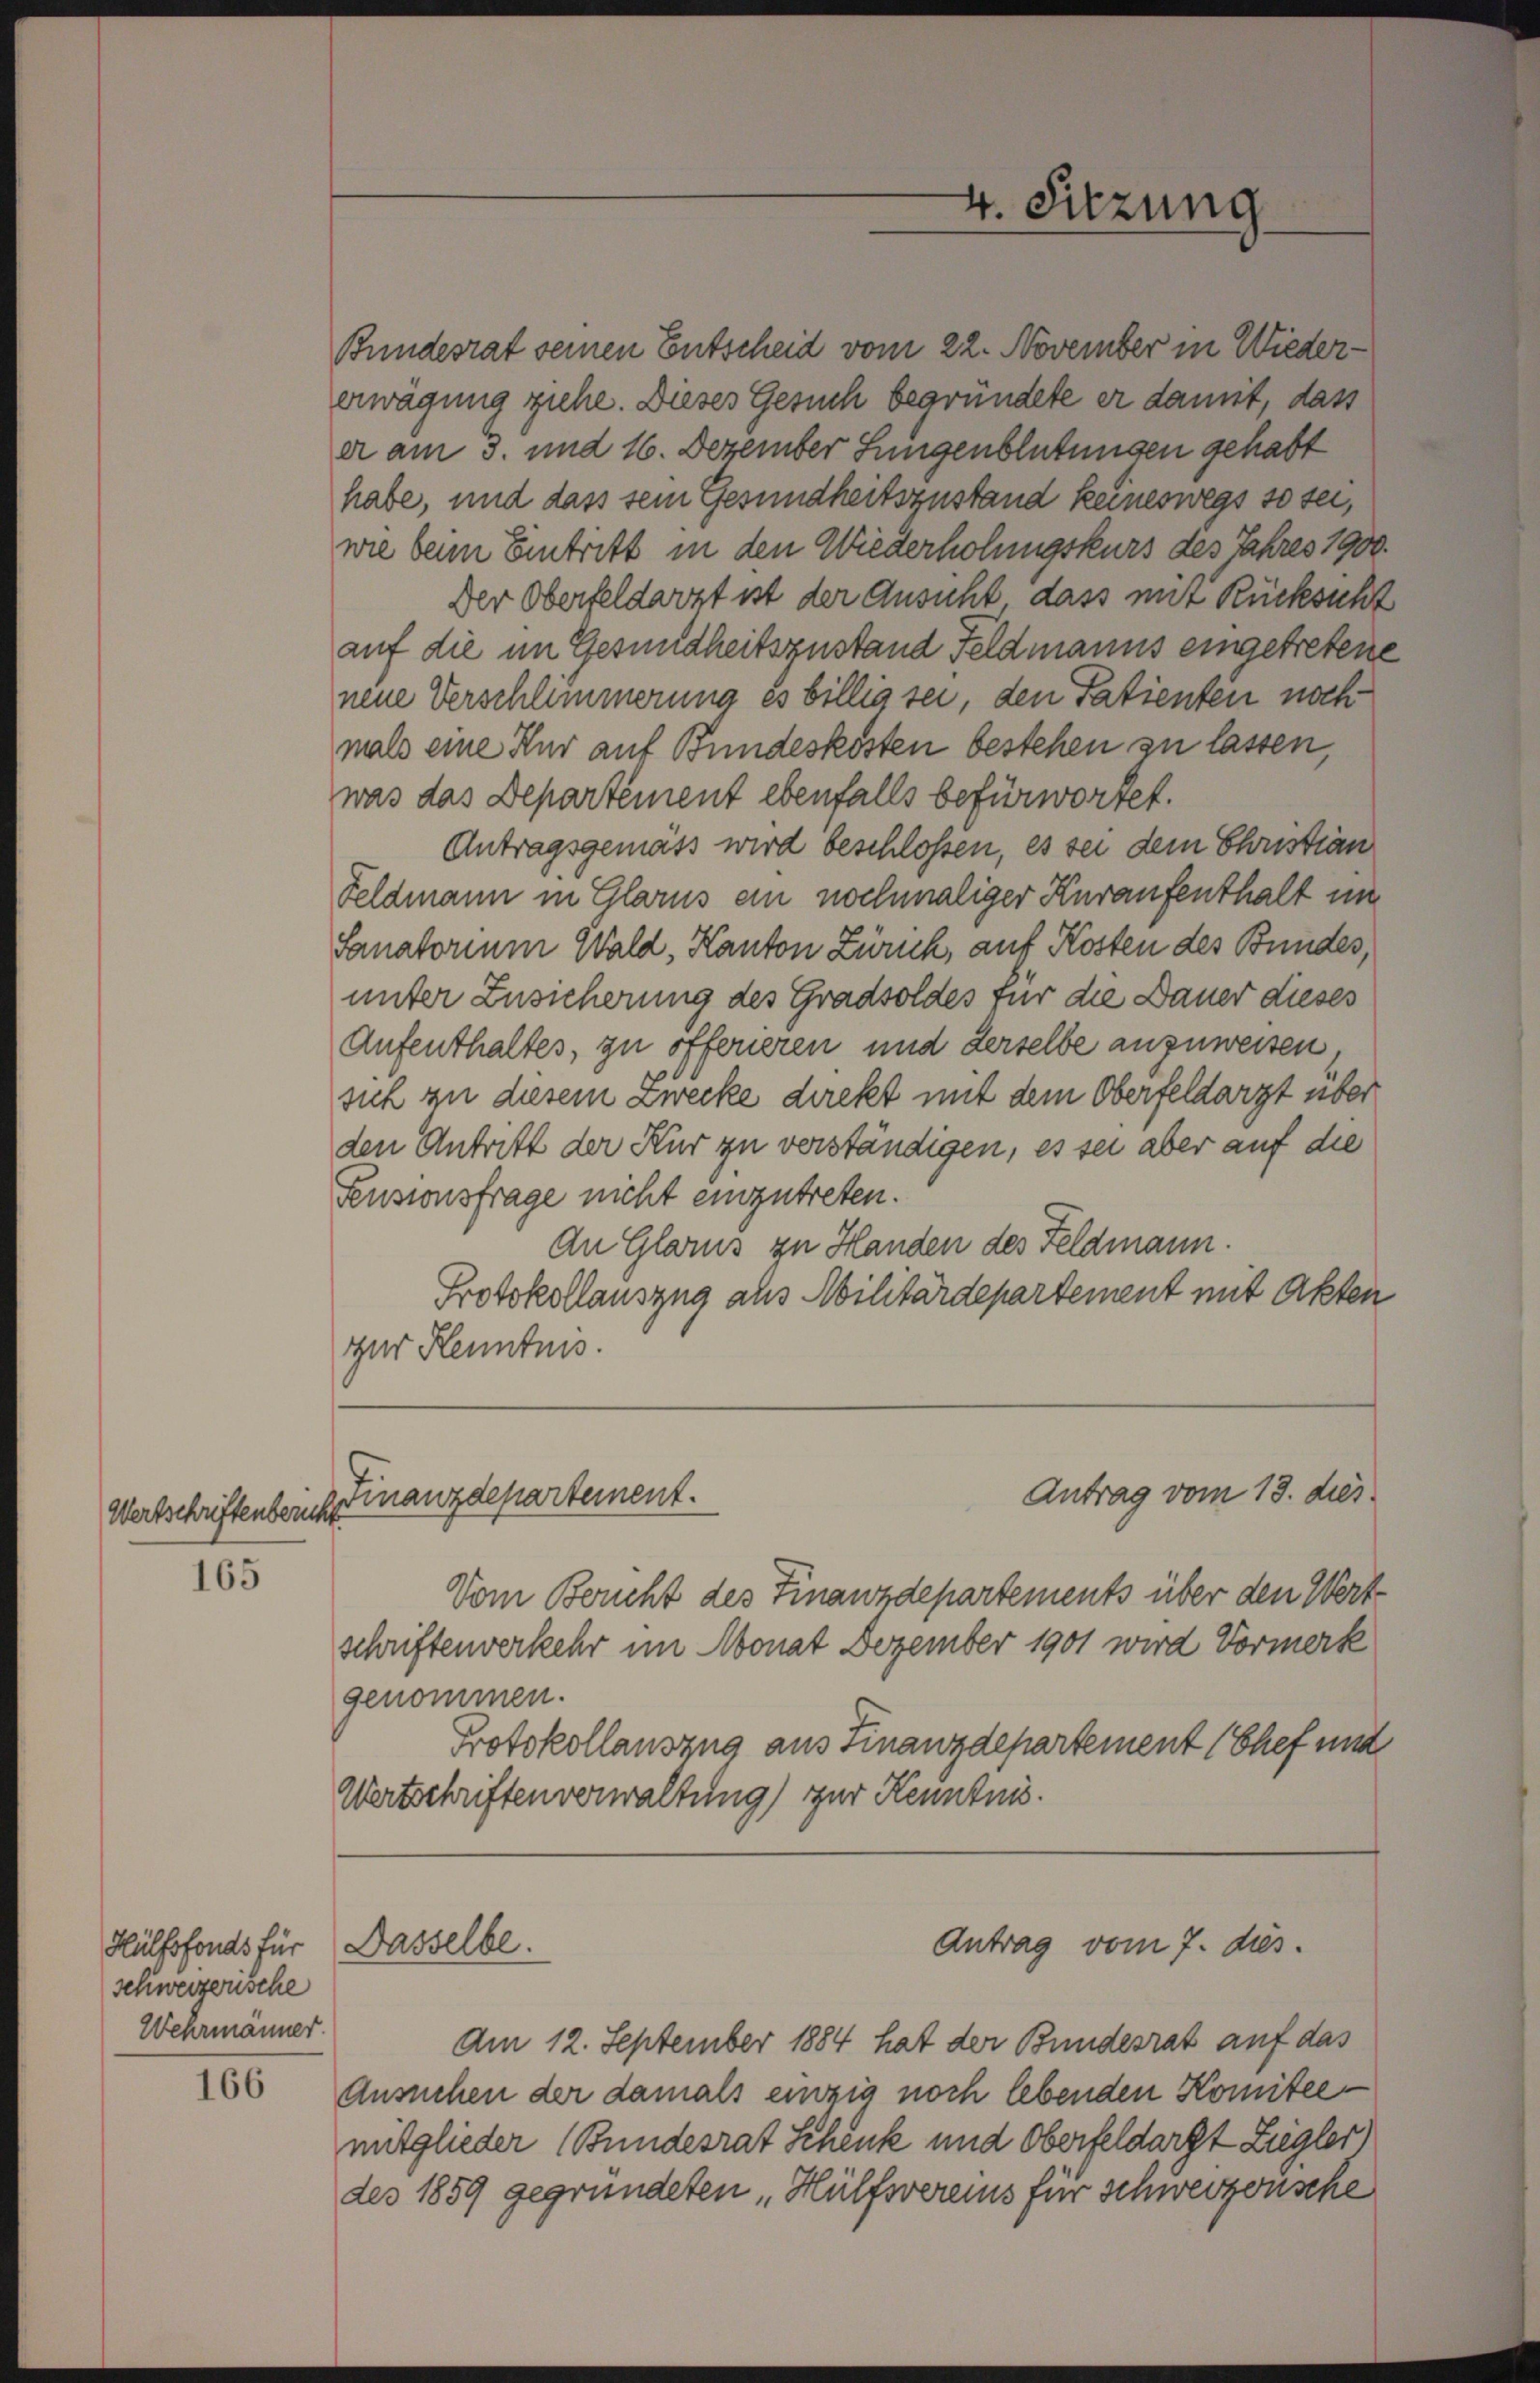
Wertschriftenbericht

165

166

Bundesrat seinen Entscheid vom 22. November in Wiedererwägung ziehe. Dieses Gesuch begründete er damit, dass
er am 3. und 16. Dezember Lungenblutungen gehabt
habe, und dass sein Gesundheitszustand keineswegs so sei,
wie beim Eintritt in den Wiederholungskurs des Jahres 1900.
Der Oberfeldarzt ist der Ansicht dass mit Rücksicht
auf die im Gesundheitszustand Feldmanns eingetretene
neue Verschlimmerung es billig sei, den Patienten noch
mals eine Kur auf Bundeskosten bestehen zu lassen,
was das Departement ebenfalls befürwortet.
Antragsgemäss wird beschlossen, es sei dem Christian
Feldmann in Glarus ein nochmaliger Kuraufenthalt im
Sanatorium Wald, Kanton Zürich, auf Kosten des Bundes,
unter Zusicherung des Gradsoldes für die Dauer dieses
Aufenthaltes, zu offerieren und derselbe anzuweisen
sich zu diesem Zwecke direkt mit dem Oberfeldarzt über
den Antritt der Kur zu verständigen, es sei aber auf die
Pensionsfrage nicht einzutreten.
An Glarus zu Handen des Feldmann.
Protokollauszug aus Militärdepartement mit Akten
zur Kenntnis.

Hülfsfonds für
schweizerische
Wehrmänner.

Finanzdepartement.

Vom Bericht des Finanzdepartements über den Wert
schriftenverkehr im Monat Dezember 1901 wird Vormerk
genommen.
Protokollauszug aus Finanzdepartement (Chef und
Wertschriftenverwaltung) zur Kenntnis.

Dasselbe.

Am 12. September 1884 hat der Bundesrat auf das
Ansuchen der damals einzig noch lebenden Komitee
mitglieder (Bundesrat Schenk und Oberfeldarst Ziegler)
des 1859 gegründeten Hülfsvereins für schweizerische

4. Sitzung

Antrag vom 13. dies

Antrag vom 7. dies